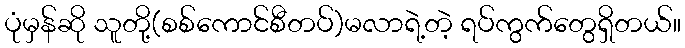
ပုံမှန်ဆို သူတို့(စစ်ကောင်စီတပ်)မလာရဲ့တဲ့ ရပ်ကွက်တွေရှိတယ်။